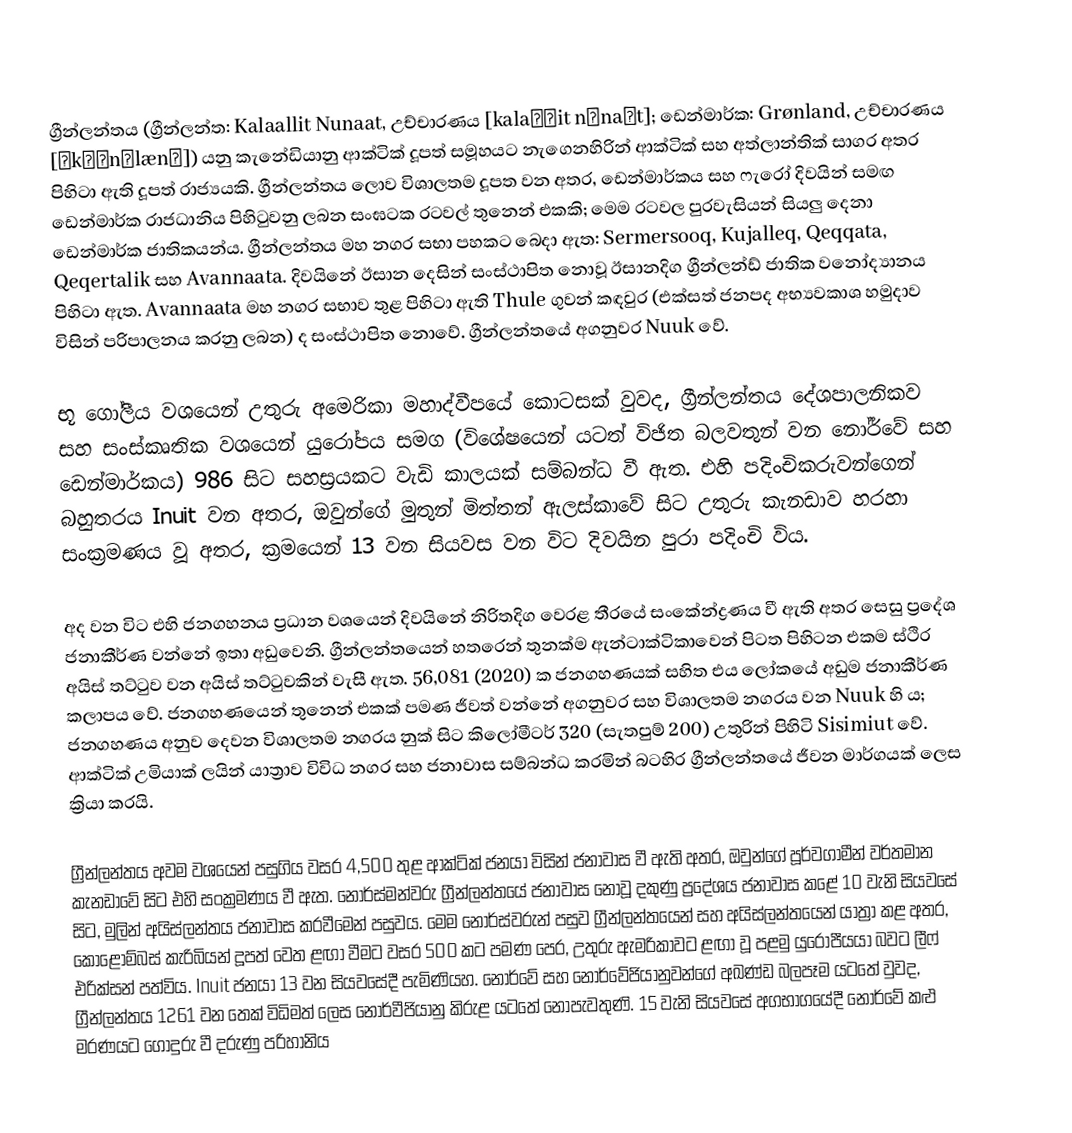
ග්‍රීන්ලන්තය (ග්‍රීන්ලන්ත: Kalaallit Nunaat, උච්චාරණය [kalaːɬit nʉnaːt]; ඩෙන්මාර්ක: Grønland, උච්චාරණය [ˈkʁɶnˌlænˀ]) යනු කැනේඩියානු ආක්ටික් දූපත් සමූහයට නැගෙනහිරින් ආක්ටික් සහ අත්ලාන්තික් සාගර අතර පිහිටා ඇති දූපත් රාජ්‍යයකි. ග්‍රීන්ලන්තය ලොව විශාලතම දූපත වන අතර, ඩෙන්මාර්කය සහ ෆැරෝ දිවයින් සමඟ ඩෙන්මාර්ක රාජධානිය පිහිටුවනු ලබන සංඝටක රටවල් තුනෙන් එකකි; මෙම රටවල පුරවැසියන් සියලු දෙනා ඩෙන්මාර්ක ජාතිකයන්ය. ග්‍රීන්ලන්තය මහ නගර සභා පහකට බෙදා ඇත: Sermersooq, Kujalleq, Qeqqata, Qeqertalik සහ Avannaata. දිවයිනේ ඊසාන දෙසින් සංස්ථාපිත නොවූ ඊසානදිග ග්‍රීන්ලන්ඩ් ජාතික වනෝද්‍යානය පිහිටා ඇත.  Avannaata මහ නගර සභාව තුළ පිහිටා ඇති Thule ගුවන් කඳවුර (එක්සත් ජනපද අභ්‍යවකාශ හමුදාව විසින් පරිපාලනය කරනු ලබන) ද සංස්ථාපිත නොවේ. ග්‍රීන්ලන්තයේ අගනුවර Nuuk වේ.

භූ ගෝලීය වශයෙන් උතුරු අමෙරිකා මහාද්වීපයේ කොටසක් වුවද, ග්‍රීන්ලන්තය දේශපාලනිකව සහ සංස්කෘතික වශයෙන් යුරෝපය සමග (විශේෂයෙන් යටත් විජිත බලවතුන් වන නෝර්වේ සහ ඩෙන්මාර්කය) 986 සිට සහස්‍රයකට වැඩි කාලයක් සම්බන්ධ වී ඇත. එහි පදිංචිකරුවන්ගෙන් බහුතරය Inuit වන අතර, ඔවුන්ගේ මුතුන් මිත්තන් ඇලස්කාවේ සිට උතුරු කැනඩාව හරහා සංක්‍රමණය වූ අතර, ක්‍රමයෙන් 13 වන සියවස වන විට දිවයින පුරා පදිංචි විය.

අද වන විට එහි ජනගහනය ප්‍රධාන වශයෙන් දිවයිනේ නිරිතදිග වෙරළ තීරයේ සංකේන්ද්‍රණය වී ඇති අතර සෙසු ප්‍රදේශ ජනාකීර්ණ වන්නේ ඉතා අඩුවෙනි. ග්‍රීන්ලන්තයෙන් හතරෙන් තුනක්ම ඇන්ටාක්ටිකාවෙන් පිටත පිහිටන එකම ස්ථිර අයිස් තට්ටුව වන අයිස් තට්ටුවකින් වැසී ඇත. 56,081 (2020) ක ජනගහණයක් සහිත එය ලෝකයේ අඩුම ජනාකීර්ණ කලාපය වේ. ජනගහණයෙන් තුනෙන් එකක් පමණ ජීවත් වන්නේ අගනුවර සහ විශාලතම නගරය වන Nuuk හි ය; ජනගහණය අනුව දෙවන විශාලතම නගරය නුක් සිට කිලෝමීටර් 320 (සැතපුම් 200) උතුරින් පිහිටි Sisimiut වේ. ආක්ටික් උමියාක් ලයින් යාත්‍රාව විවිධ නගර සහ ජනාවාස සම්බන්ධ කරමින් බටහිර ග්‍රීන්ලන්තයේ ජීවන මාර්ගයක් ලෙස ක්‍රියා කරයි.

ග්‍රීන්ලන්තය අවම වශයෙන් පසුගිය වසර 4,500 තුළ ආක්ටික් ජනයා විසින් ජනාවාස වී ඇති අතර, ඔවුන්ගේ පූර්වගාමීන් වර්තමාන කැනඩාවේ සිට එහි සංක්‍රමණය වී ඇත. නොර්ස්මන්වරු ග්‍රීන්ලන්තයේ ජනාවාස නොවූ දකුණු ප්‍රදේශය ජනාවාස කළේ 10 වැනි සියවසේ සිට, මුලින් අයිස්ලන්තය ජනාවාස කරවීමෙන් පසුවය. මෙම නෝර්ස්වරුන් පසුව ග්‍රීන්ලන්තයෙන් සහ අයිස්ලන්තයෙන් යාත්‍රා කළ අතර, කොළොම්බස් කැරිබියන් දූපත් වෙත ළඟා වීමට වසර 500 කට පමණ පෙර, උතුරු ඇමරිකාවට ළඟා වූ පළමු යුරෝපීයයා බවට ලීෆ් එරික්සන් පත්විය. Inuit ජනයා 13 වන සියවසේදී පැමිණියහ. නෝර්වේ සහ නෝර්වේජියානුවන්ගේ අඛණ්ඩ බලපෑම යටතේ වුවද, ග්‍රීන්ලන්තය 1261 වන තෙක් විධිමත් ලෙස නෝර්වීජියානු කිරුළ යටතේ නොපැවතුණි. 15 වැනි සියවසේ අගභාගයේදී නෝර්වේ කළු මරණයට ගොදුරු වී දරුණු පරිහානිය